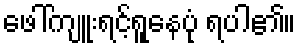
ဖေါ်ကျူးရင့်ရူနေပုံ ရပါ၏။